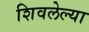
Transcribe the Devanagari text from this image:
शिवलेल्या